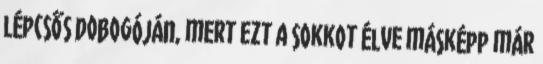
lépcsős dobogóján, mert ezt a sokkot élve másképp már